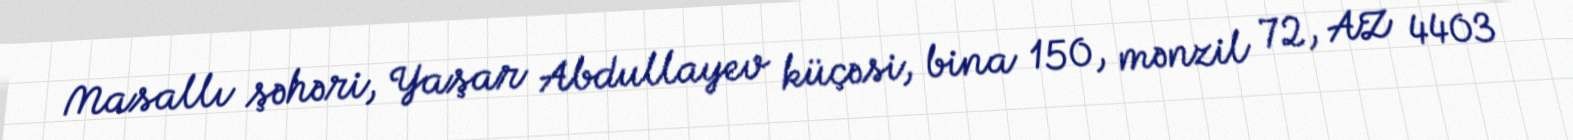
Masallı şəhəri, Yaşar Abdullayev küçəsi, bina 150, mənzil 72, AZ 4403